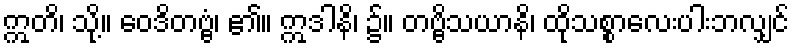
ဣတိ၊ သို့။ ဝေဒိတဗ္ဗံ၊ ၏။ ဣဒါနိ၊ ၌။ တဗ္ဗိသယာနိ၊ ထိုသစ္စာလေးပါးဘလျှင်